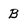
Character: B